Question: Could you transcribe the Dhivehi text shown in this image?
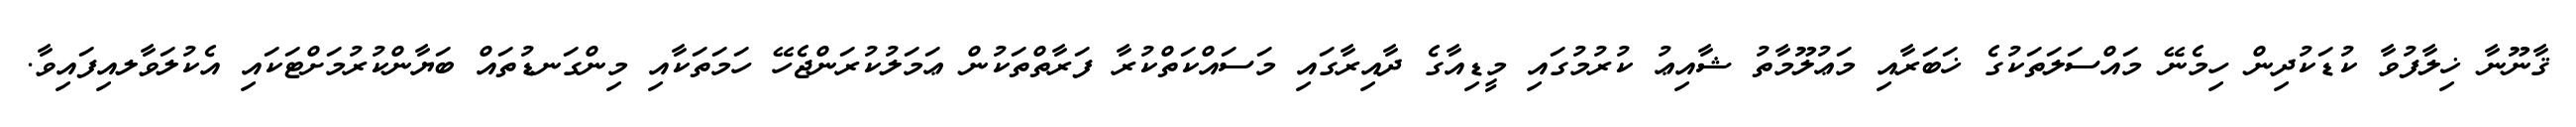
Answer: ޤާނޫނާ ޚިލާފުވާ ކުޑަކުދިން ހިމެނޭ މައްސަލަތަކުގެ ޚަބަރާއި މަޢުލޫމާތު ޝާއިޢު ކުރުމުގައި މީޑިއާގެ ދާއިރާގައި މަސައްކަތްކުރާ ފަރާތްތަކުން ޢަމަލުކުރަންޖެހޭ ހަމަތަކާއި މިންގަނޑުތައް ބަޔާންކުރުމަށްޓަކައި އެކުލަވާލއިފައިވާ.